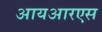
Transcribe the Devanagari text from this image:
आयआरएस